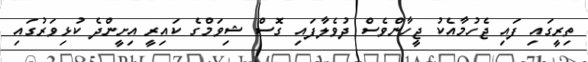
ތިރީގައި ފައި ޖެހުމާއެކު ޖީހާންވެސް ދުވެލާފައި ގޮސް ޝިވަމްގެ ކައިރީ އިށީންދެ ކުޅިވަރުގައި